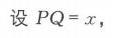
设 \(PQ = x\)，